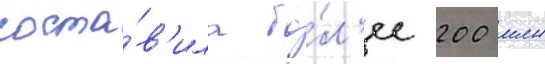
соста́в'ила бо́л'ее 200 млн